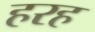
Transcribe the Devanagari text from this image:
हरह